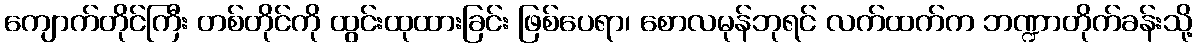
ကျောက်တိုင်ကြီး တစ်တိုင်ကို ထွင်းထုထားခြင်း ဖြစ်ပေရာ၊ စောလမုန်ဘုရင် လက်ထက်က ဘဏ္ဍာတိုက်ခန်းသို့